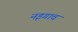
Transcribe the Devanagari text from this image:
नइगाव